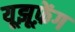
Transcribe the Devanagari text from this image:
यूझूफ़ेंग